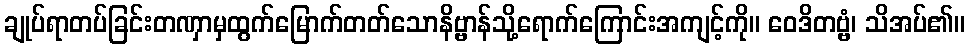
ချုပ်ရာတပ်ခြင်းတဏှာမှထွက်မြောက်တတ်သောနိဗ္ဗာန်သို့ရောက်ကြောင်းအကျင့်ကို။ ဝေဒိတဗ္ဗံ၊ သိအပ်၏။